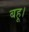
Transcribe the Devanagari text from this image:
बहू।